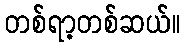
တစ်ရာ့တစ်ဆယ်။